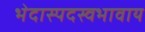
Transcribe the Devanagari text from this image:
भेदास्पदस्वभावाय